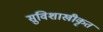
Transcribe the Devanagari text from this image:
सुविशाखीकृत